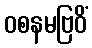
ဝစနမဗြဝိံ